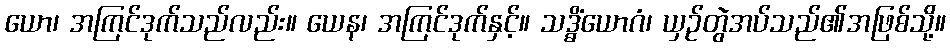
ယော၊ အကြင်ဒုက်သည်လည်း။ ယေန၊ အကြင်ဒုက်နှင့်။ သဒ္ဓိံယောဂံ၊ ယှဉ်တွဲအပ်သည်၏အဖြစ်သို့။